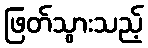
ဖြတ်သွားသည့်